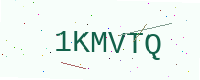
Text: 1KMVTQ